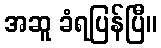
အဆူ ခံရပြန်ပြီ။